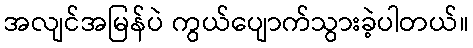
အလျင်အမြန်ပဲ ကွယ်ပျောက်သွားခဲ့ပါတယ်။